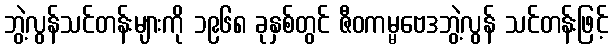
ဘွဲ့လွန်သင်တန်းများကို ၁၉၆၈ ခုနှစ်တွင် ဇီဝကမ္မဗေဒဘွဲ့လွန် သင်တန်းဖြင့်